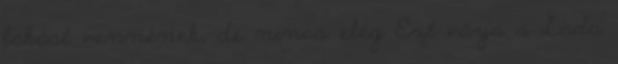
lakást vennének, de nincs elég Ezt várja a Lada